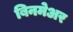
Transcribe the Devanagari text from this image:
बिनमेअर